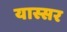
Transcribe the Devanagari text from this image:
यास्सर